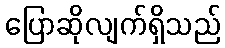
ပြောဆိုလျက်ရှိသည်